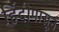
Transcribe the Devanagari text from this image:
हिंदीपासून